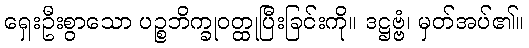
ရှေးဦးစွာသော ပဉ္စဘိက္ခုဝတ္ထုပြီးခြင်းကို။ ဒဋ္ဌဗ္ဗံ၊ မှတ်အပ်၏။